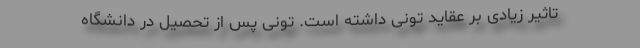
تاثیر زیادی بر عقاید تونی داشته است. تونی پس از تحصیل در دانشگاه